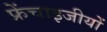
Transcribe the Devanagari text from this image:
फ्रेंचाइजीयों